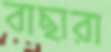
বাছারা